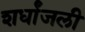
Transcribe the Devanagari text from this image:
शर्धांजली